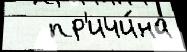
   пр'ичи́на